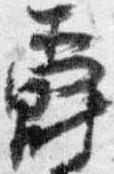
爵